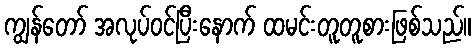
ကျွန်တော် အလုပ်ဝင်ပြီးနောက် ထမင်းတူတူစားဖြစ်သည်။